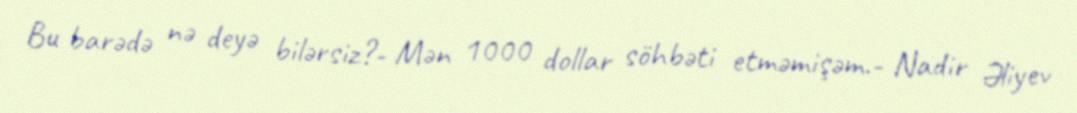
Bu barədə nə deyə bilərsiz?- Mən 1000 dollar söhbəti etməmişəm.- Nadir Əliyev